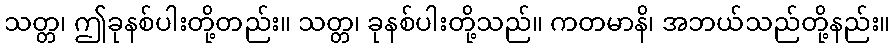
သတ္တ၊ ဤခုနစ်ပါးတို့တည်း။ သတ္တ၊ ခုနစ်ပါးတို့သည်။ ကတမာနိ၊ အဘယ်သည်တို့နည်း။